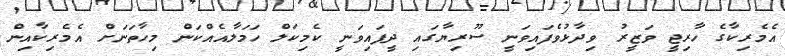
އެމެރިކާގެ ހާރިޖީ ވަޒީރު ވިދާޅުވެފައިވަނީ ސޫރިޔާގައި ދީފައިވަނީ ކެމިކަލް ހަމަލާއެއްކަން މިހާތަނަށް އެމެރިކާއިން